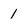
Character: 1